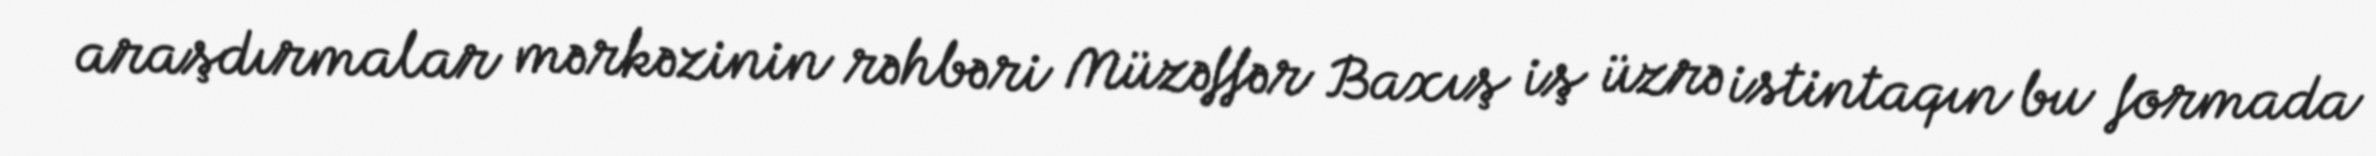
araşdırmalar mərkəzinin rəhbəri Müzəffər Baxış iş üzrə istintaqın bu formada